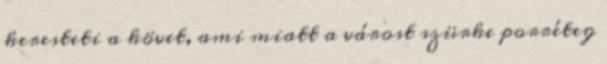
keresteti a követ, ami miatt a várost szürke porréteg